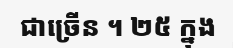
ជាច្រើន ។ ២៥ ក្នុង